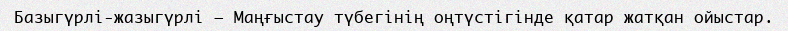
Базыгүрлі-жазыгүрлі – Маңғыстау түбегінің оңтүстігінде қатар жатқан ойыстар.